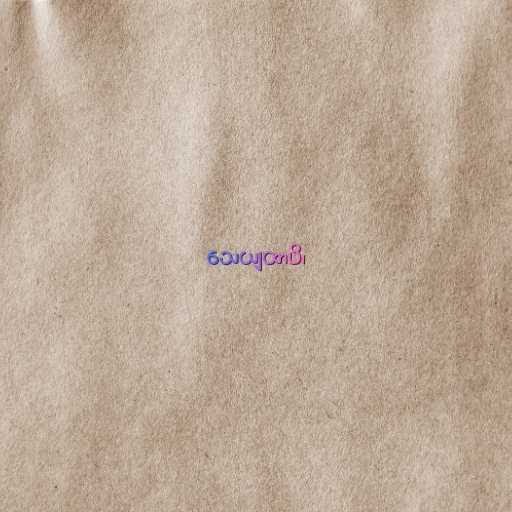
သေယျထာပိ၊